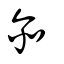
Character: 𠇍